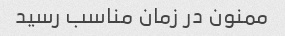
ممنون در زمان مناسب رسید